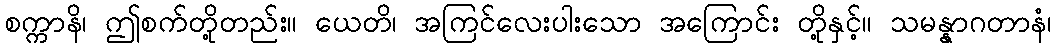
စက္ကာနိ၊ ဤစက်တို့တည်း။ ယေတိ၊ အကြင်လေးပါးသော အကြောင်း တို့နှင့်။ သမန္နာဂတာနံ၊